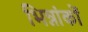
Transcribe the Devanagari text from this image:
भिन्नांकों